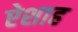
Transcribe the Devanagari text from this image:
ऐशाह